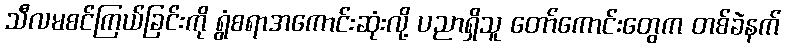
သီလမစင်ကြယ်ခြင်းကို ရွံစရာအကောင်းဆုံးလို့ ပညာရှိသူ တော်ကောင်းတွေက တစ်ခဲနက်